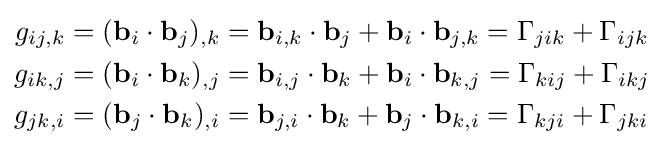
{\begin{aligned}g_{ij,k}&=(\mathbf {b} _{i}\cdot \mathbf {b} _{j})_{,k}=\mathbf {b} _{i,k}\cdot \mathbf {b} _{j}+\mathbf {b} _{i}\cdot \mathbf {b} _{j,k}=\Gamma _{jik}+\Gamma _{ijk}\\g_{ik,j}&=(\mathbf {b} _{i}\cdot \mathbf {b} _{k})_{,j}=\mathbf {b} _{i,j}\cdot \mathbf {b} _{k}+\mathbf {b} _{i}\cdot \mathbf {b} _{k,j}=\Gamma _{kij}+\Gamma _{ikj}\\g_{jk,i}&=(\mathbf {b} _{j}\cdot \mathbf {b} _{k})_{,i}=\mathbf {b} _{j,i}\cdot \mathbf {b} _{k}+\mathbf {b} _{j}\cdot \mathbf {b} _{k,i}=\Gamma _{kji}+\Gamma _{jki}\end{aligned}}